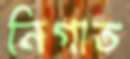
নিগাত